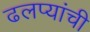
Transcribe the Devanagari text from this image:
ढलप्यांची